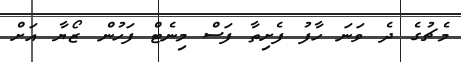
މެޗުގެ ދެ ވަނަ ހާފު ފެށިތާ ފަސް މިނެޓް ފަހުން ޒޯޔާ އަށް